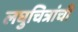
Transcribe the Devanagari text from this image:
लघुचित्रांची